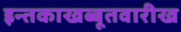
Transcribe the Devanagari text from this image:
इन्तकाखब्बूतवारीख